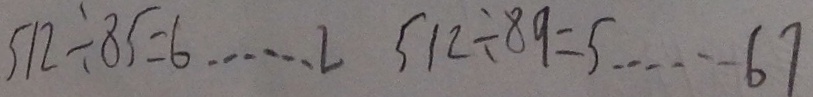
5 1 2 \div 8 5 = 6 \cdots 2 5 1 2 \div 8 9 = 5 \cdots 6 7